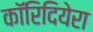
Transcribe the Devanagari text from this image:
कॉरिदियेरा